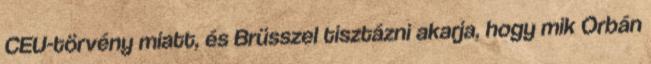
CEU-törvény miatt, és Brüsszel tisztázni akarja, hogy mik Orbán